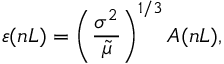
\varepsilon ( n L ) = \left( \frac { \sigma ^ { 2 } } { \tilde { \mu } } \right) ^ { 1 / 3 } A ( n L ) ,